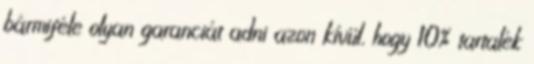
bármiféle olyan garanciát adni azon kívül, hogy 10% tartalék